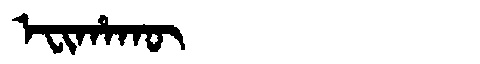
Manchu: ᡝᠸᡳᡥᠠᡴᡡ
Romanization: EFIHAKŪ